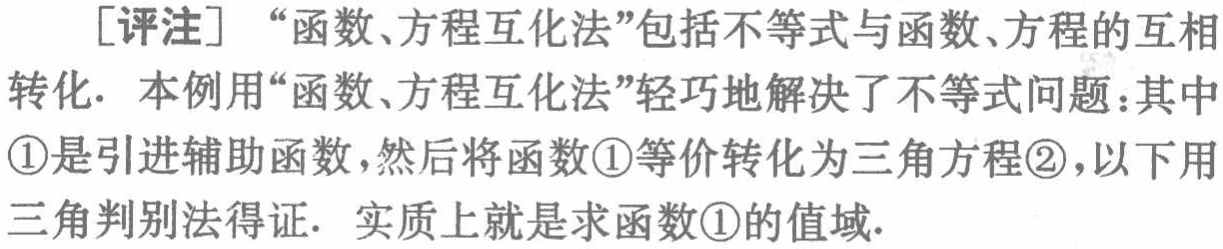
[评注] “函数、方程互化法”包括不等式与函数、方程的互相

转化. 本例用“函数、方程互化法”轻巧地解决了不等式问题：其中

\textcircled{1}是引进辅助函数，然后将函数\textcircled{1}等价转化为三角方程\textcircled{2}，以下用

三角判别法得证. 实质上就是求函数\textcircled{1}的值域.